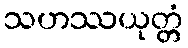
သဟဿယုတ္တံ